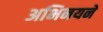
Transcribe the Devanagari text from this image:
अभिनयने